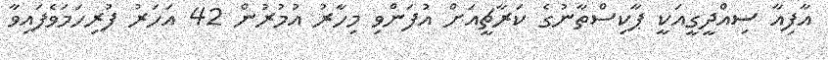
އާފިއާ ސިއްދީގީއަކީ ޕާކިސްތާނުގެ ކަރާޗީއަށް އުފަންވި މިހާރު އުމުރުން 42 އަހަރު ފުރިހަމަވެފައިވާ